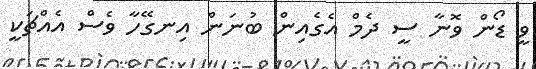
ވީ ޑޯން ވޮނާ ސީ ދެމް އެގެއިން ބުނަން އިނގޭހާ ވެސް އެއްޗަކީ